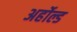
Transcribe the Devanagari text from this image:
अर्होल्ड